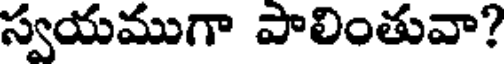
స్వయముగా పాలింతువా?